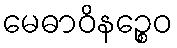
မေဓာဝိနဉ္စေဝ